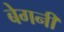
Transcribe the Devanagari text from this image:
बेगनी